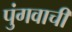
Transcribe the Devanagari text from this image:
पुंगवाची